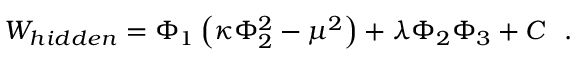
W _ { h i d d e n } = \Phi _ { 1 } \left( \kappa \Phi _ { 2 } ^ { 2 } - \mu ^ { 2 } \right) + \lambda \Phi _ { 2 } \Phi _ { 3 } + C ~ ~ .